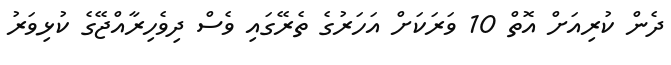
ދެން ކުރިއަށް އޮތް 10 ވަރަކަށް އަހަރުގެ ތެރޭގައި ވެސް ދިވެހިރާއްޖޭގެ ކުޅިވަރު